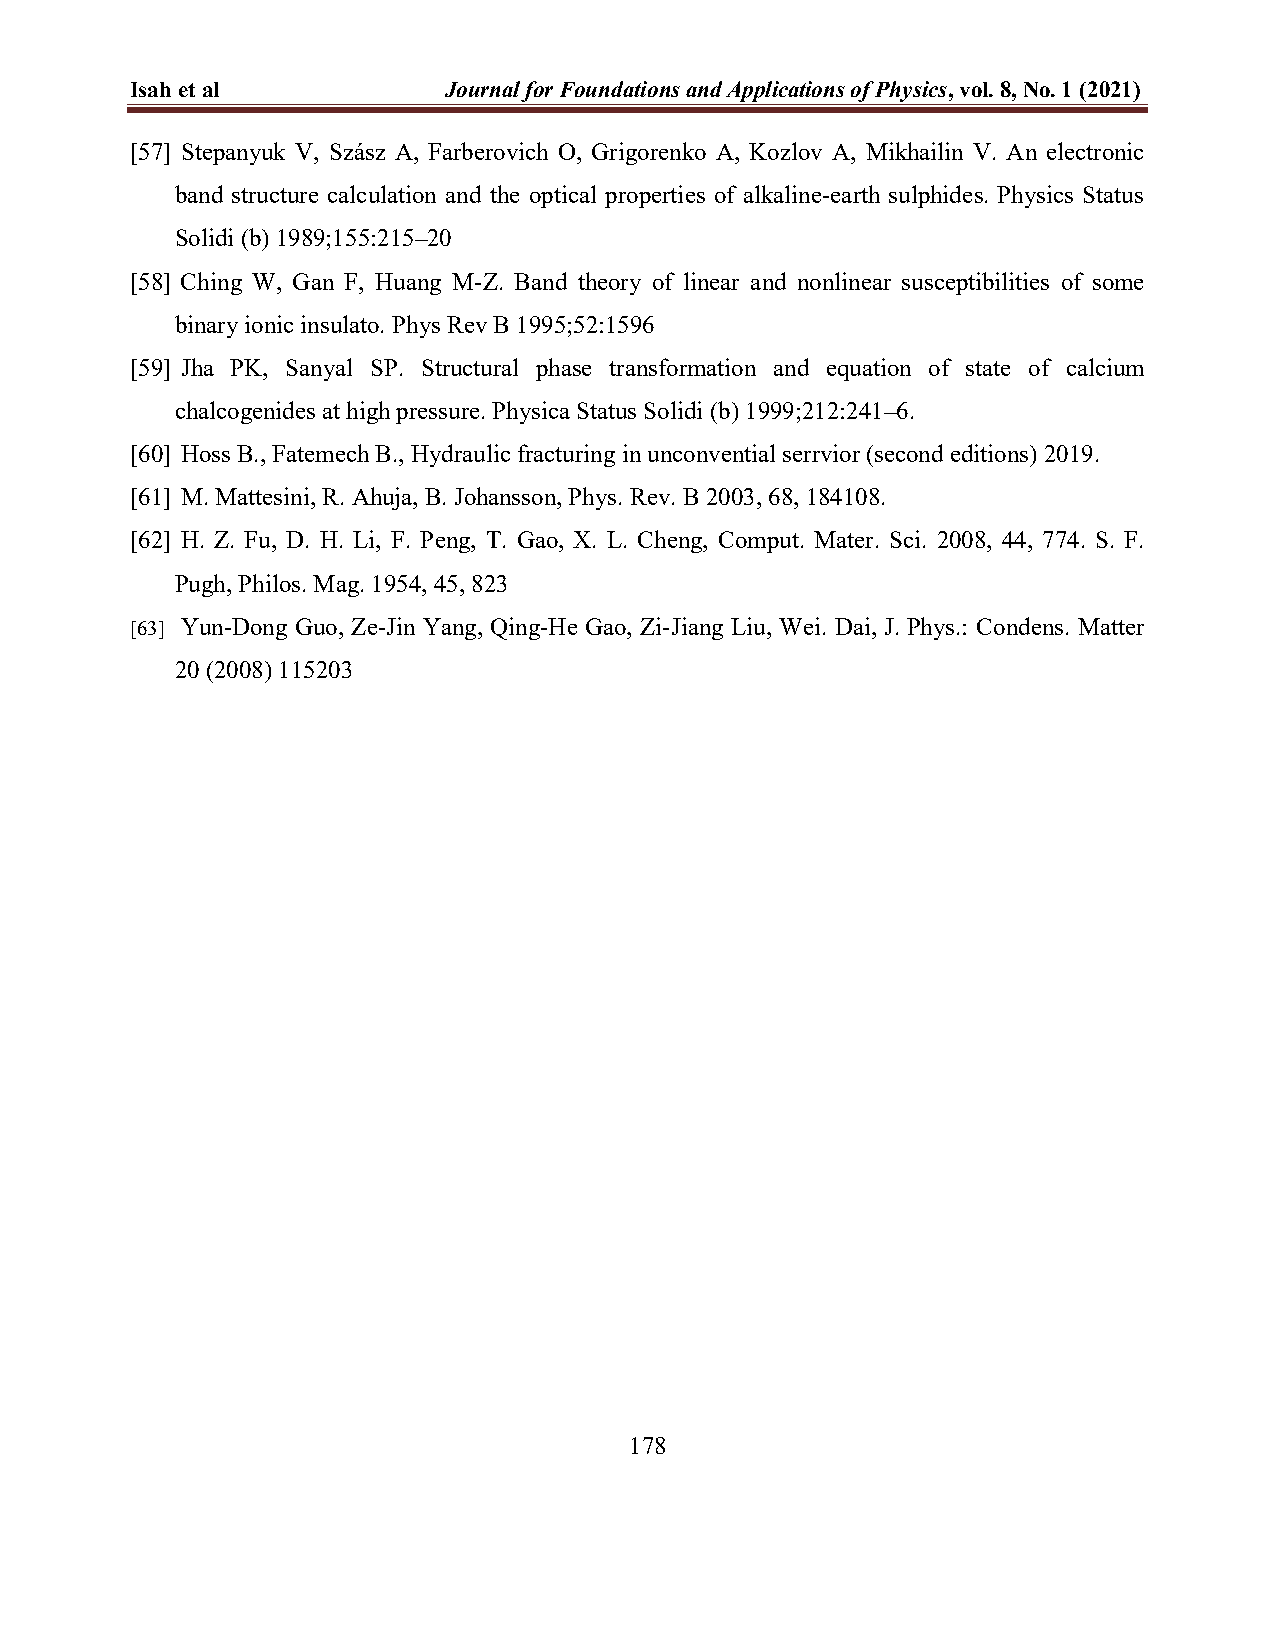
Isah et al          Journal for Foundations and Applications of Physics, vol. 8, No. 1 (2021)
 [57] Stepanyuk V, Szász A, Farberovich O, Grigorenko A, Kozlov A, Mikhailin V. An electronic
 band structure calculation and the optical properties of alkaline-earth sulphides. Physics Status
 Solidi (b) 1989;155:215–20
 [58] Ching W, Gan F, Huang M-Z. Band theory of linear and nonlinear susceptibilities of some
 binary ionic insulato. Phys Rev B 1995;52:1596
 [59] Jha PK, Sanyal SP. Structural phase transformation and equation of state of calcium
 chalcogenides at high pressure. Physica Status Solidi (b) 1999;212:241–6.
 [60] Hoss B., Fatemech B., Hydraulic fracturing in unconvential serrvior (second editions) 2019.
 [61] M. Mattesini, R. Ahuja, B. Johansson, Phys. Rev. B 2003, 68, 184108.
 [62] H. Z. Fu, D. H. Li, F. Peng, T. Gao, X. L. Cheng, Comput. Mater. Sci. 2008, 44, 774. S. F.
 Pugh, Philos. Mag. 1954, 45, 823
 [63] Yun-Dong Guo, Ze-Jin Yang, Qing-He Gao, Zi-Jiang Liu, Wei. Dai, J. Phys.: Condens. Matter
 20 (2008) 115203
 178